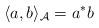
LaTeX: \begin{gather*}\langle a, b\rangle_{\mathcal A}=a^*b\end{gather*}